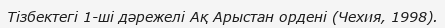
Тізбектегі 1-ші дәрежелі Ақ Арыстан ордені (Чехия, 1998).